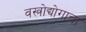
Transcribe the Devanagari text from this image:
वस्त्रोद्योगाचा